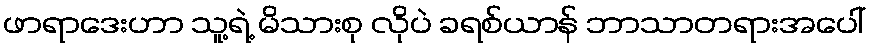
ဖာရာဒေးဟာ သူ့ရဲ့ မိသားစု လိုပဲ ခရစ်ယာန် ဘာသာတရားအပေါ်